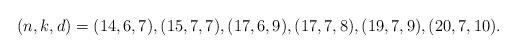
LaTeX: \begin{align*}(n,k,d)=(14,6,7),(15,7,7),(17,6,9), (17,7,8), (19,7,9),(20,7,10).\end{align*}